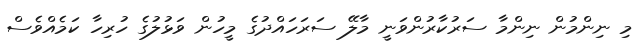
މި ނިންމުން ނިންމާ ސަރުކާރުންވަނީ މާލޭ ސަރަހައްދުގެ މީހުން ވަޅުލުގެ ހުރިހާ ކަމެއްވެސް